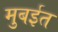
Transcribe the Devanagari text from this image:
मुबईत